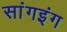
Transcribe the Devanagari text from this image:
सांगइंग